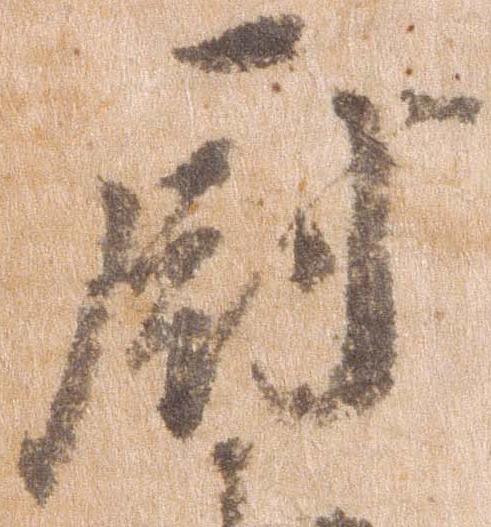
厨